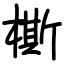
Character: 㯕